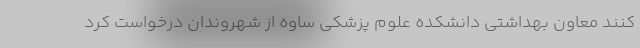
کنند معاون بهداشتی دانشکده علوم پزشکی ساوه از شهروندان درخواست کرد